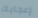
إعجابك